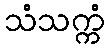
သံသက္ကံ